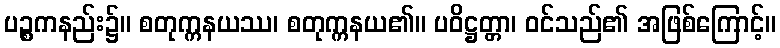
ပဉ္စကနည်း၌။ စတုက္ကနယဿ၊ စတုက္ကနယ၏။ ပဝိဋ္ဌတ္တာ၊ ဝင်သည်၏ အဖြစ်ကြောင့်။